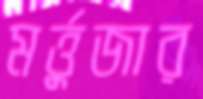
মর্ত্তুজার